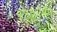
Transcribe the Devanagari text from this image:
१५५०००